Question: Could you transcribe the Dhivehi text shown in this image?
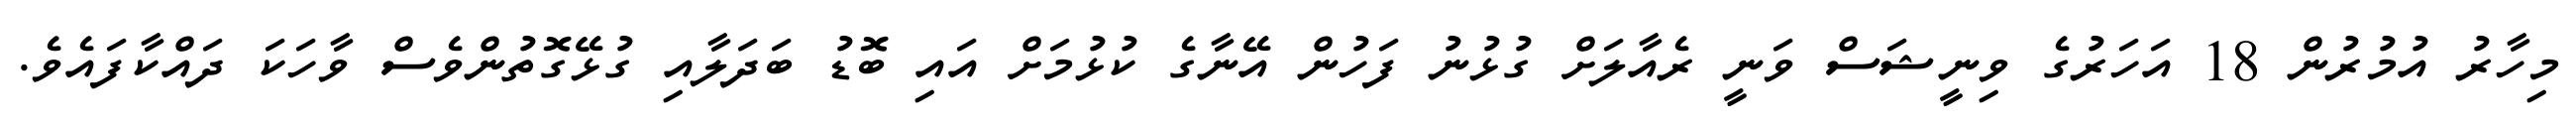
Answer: މިހާރު އުމުރުން 18 އަހަރުގެ ވިނީޝަސް ވަނީ ރެއާލަށް ގުޅުނު ފަހުން އޭނާގެ ކުޅުމަށް އައި ބޮޑު ބަދަލާއި ގުޅޭގޮތުންވެސް ވާހަކަ ދައްކާފައެވެ.